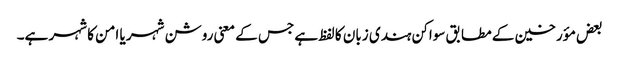
بعض مؤرخین کے مطابق سواکن ہندی زبان کا لفظ ہے جس کے معنی روشن شہر یا امن کا شہر ہے۔